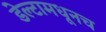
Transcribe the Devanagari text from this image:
डेल्टामधूनच